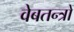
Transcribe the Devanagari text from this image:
वेबतन्त्रों